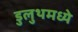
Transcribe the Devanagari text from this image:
डुलुथमध्ये